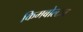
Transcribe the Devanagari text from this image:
किमबोल्टन